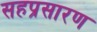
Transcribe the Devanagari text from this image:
सहप्रसारण